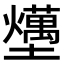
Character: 𡓧